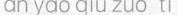
an yao qiu zuo ti